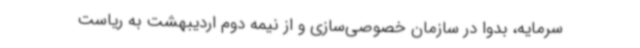
سرمایه، بدواً در سازمان خصوصی‌سازی و از نیمه دوم اردیبهشت به ریاست